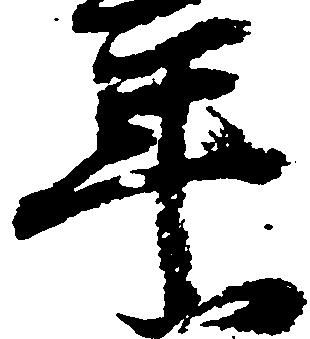
年